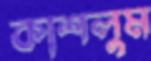
কাশলুম